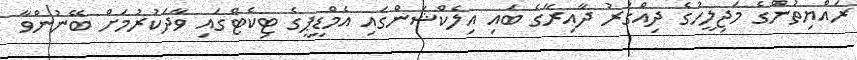
ރައްޔިތުންގެ މަޖިލީހުގެ ދިއްގަރު ދާއިރާގެ ބައި އިލެކްޝަންގައި އެމްޑީޕީގެ ޓިކެޓްގައި ވާދަކުރުމަށް ބޭނުންވާ